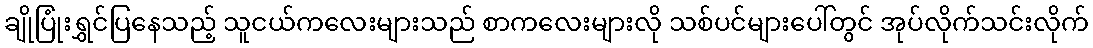
ချိုပြုံးရွှင်ပြနေသည့် သူငယ်ကလေးများသည် စာကလေးများလို သစ်ပင်များပေါ်တွင် အုပ်လိုက်သင်းလိုက်